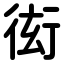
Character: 衒